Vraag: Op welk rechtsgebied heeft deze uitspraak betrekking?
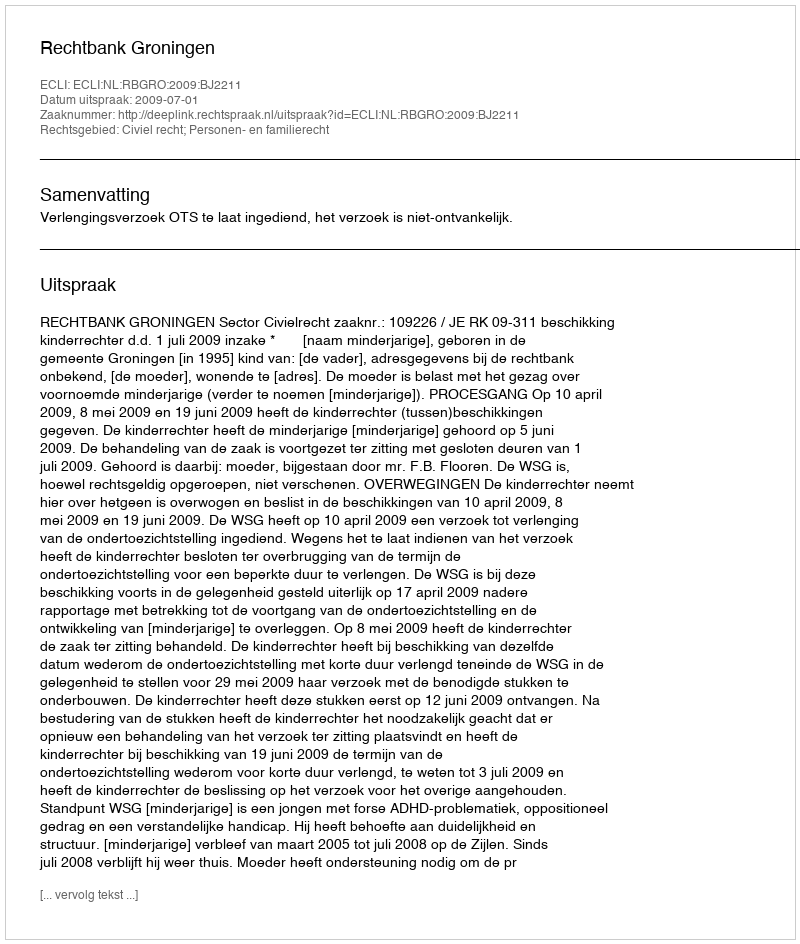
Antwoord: Civiel recht; Personen- en familierecht